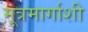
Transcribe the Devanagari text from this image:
मूत्रमार्गाशी